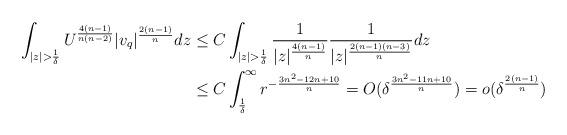
LaTeX: \begin{align*}\int_{|z|>\frac{1}{\delta}}U^{\frac{4(n-1)}{n(n-2)}}|v_{q}|^{\frac{2(n-1)}{n}}dz & \le C\int_{|z|>\frac{1}{\delta}}\frac{1}{|z|^{\frac{4(n-1)}{n}}}\frac{1}{|z|^{\frac{2(n-1)(n-3)}{n}}}dz\\ & \le C\int_{\frac{1}{\delta}}^{\infty}r^{-\frac{3n^{2}-12n+10}{n}}=O(\delta^{\frac{3n^{2}-11n+10}{n}})=o(\delta^{\frac{2(n-1)}{n}})\end{align*}